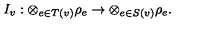
I _ { v } : \otimes _ { e \in T ( v ) } \rho _ { e } \to \otimes _ { e \in S ( v ) } \rho _ { e } .